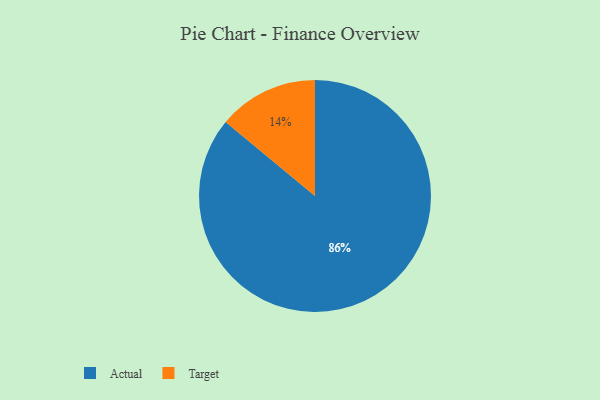
{"axis": {"x": "Category", "y": "Percentage"}, "legend": ["Actual", "Target"], "data": [{"x": "Actual", "y": 86, "type": "Actual"}, {"x": "Target", "y": 14, "type": "Target"}]}